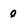
Character: 0